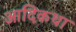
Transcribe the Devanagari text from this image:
आदिकथा